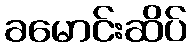
ခမောင်းဆိပ်